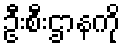
ဦးစီးဌာနကို